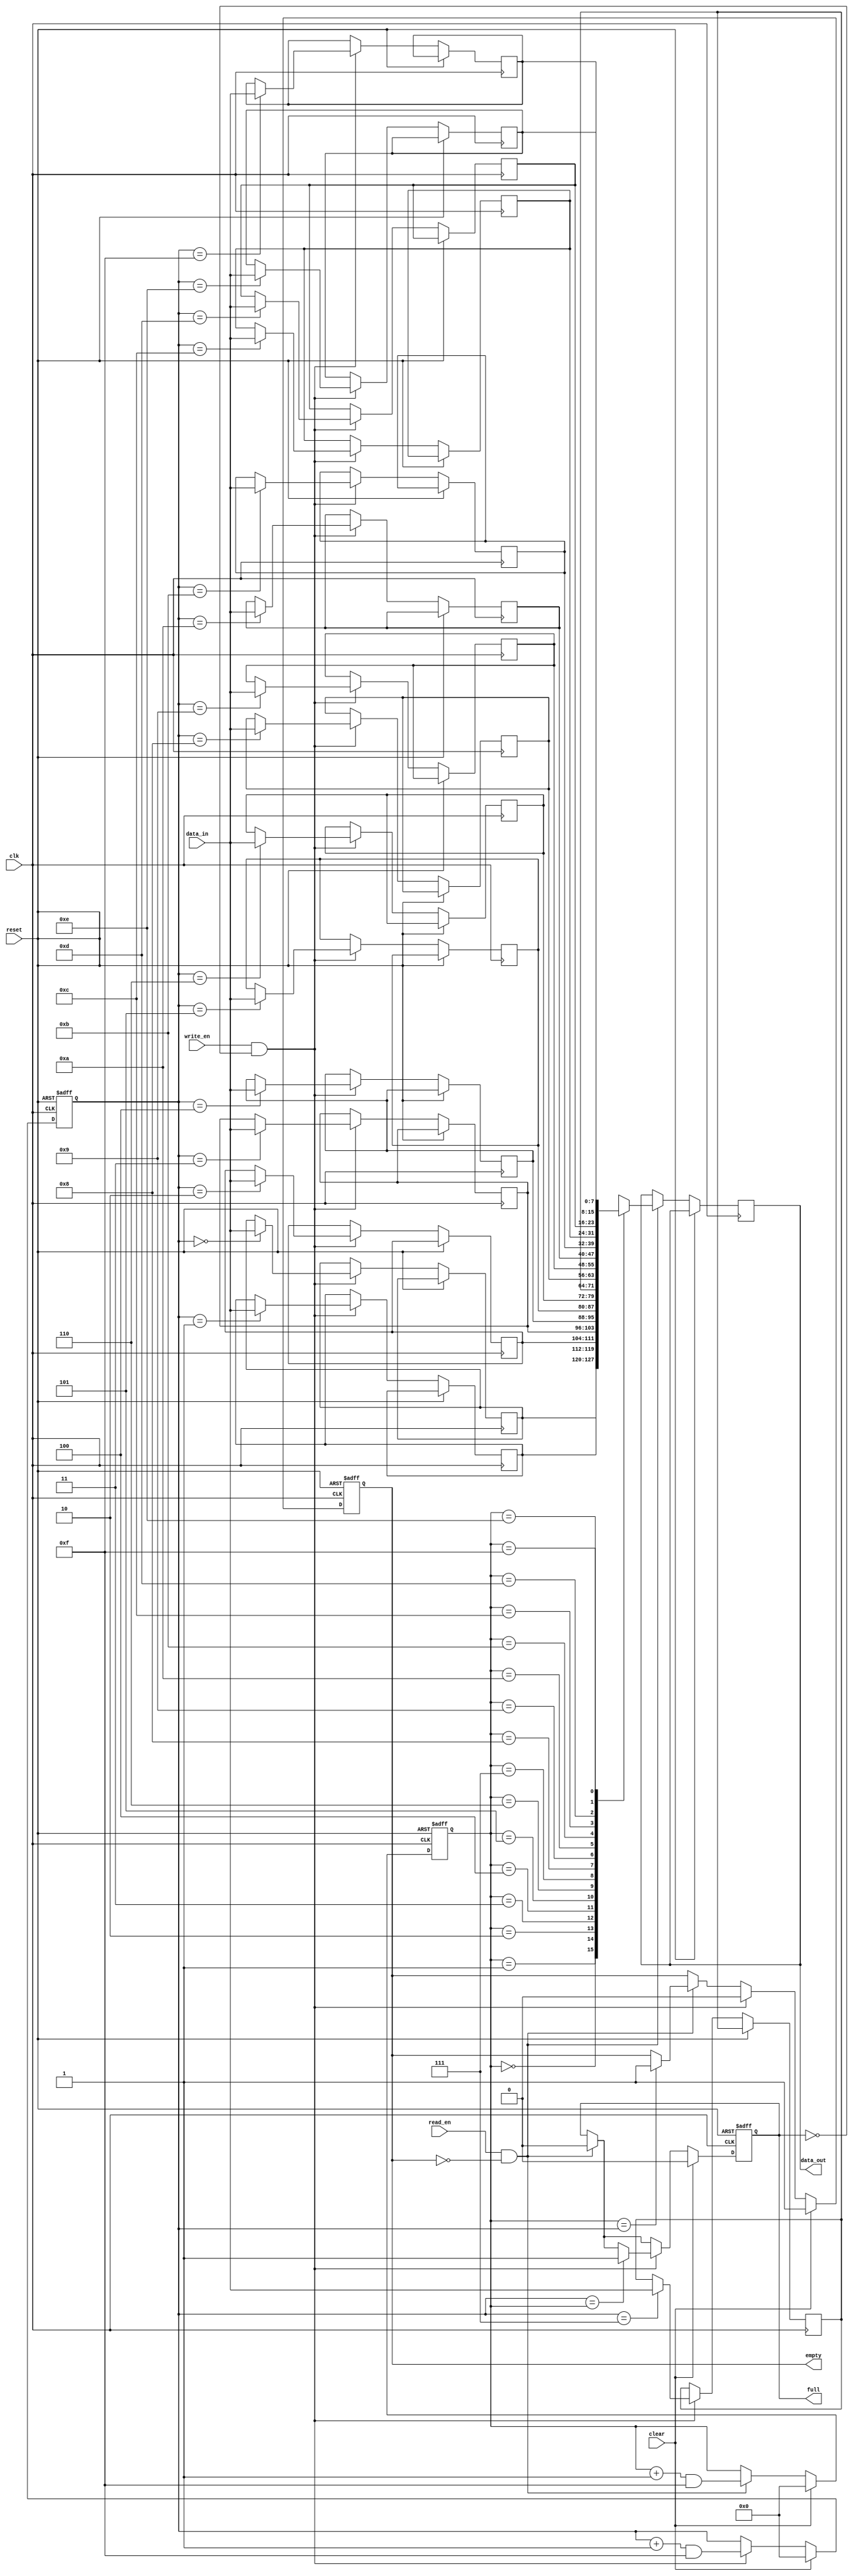
module gray_fifo (
    input wire clk,
    input wire reset,
    input wire read_en,
    input wire write_en,
    input wire clear,
    output reg [7:0] data_out,
    input wire [7:0] data_in,
    output reg full,
    output reg empty
);

reg [7:0] fifo [0:15];
reg [3:0] read_ptr;
reg [3:0] write_ptr;

always @(posedge clk or posedge reset) begin
    if (reset) begin
        read_ptr <= 4'b0;
        write_ptr <= 4'b0;
        full <= 1'b0;
        empty <= 1'b1;
    end else begin
        if (read_en && !empty) begin
            data_out <= fifo[read_ptr];
            if (read_ptr == write_ptr) begin
                empty <= 1'b1;
            end
            read_ptr <= (read_ptr + 1) & 4'b1111;
            full <= 1'b0;
        end
        
        if (write_en && !full) begin
            fifo[write_ptr] <= data_in;
            if (write_ptr == read_ptr) begin
                full <= 1'b1;
            end
            write_ptr <= (write_ptr + 1) & 4'b1111;
            empty <= 1'b0;
        end
        
        if (clear) begin
            read_ptr <= 4'b0;
            write_ptr <= 4'b0;
            full <= 1'b0;
            empty <= 1'b1;
        end
    end
end

endmodule